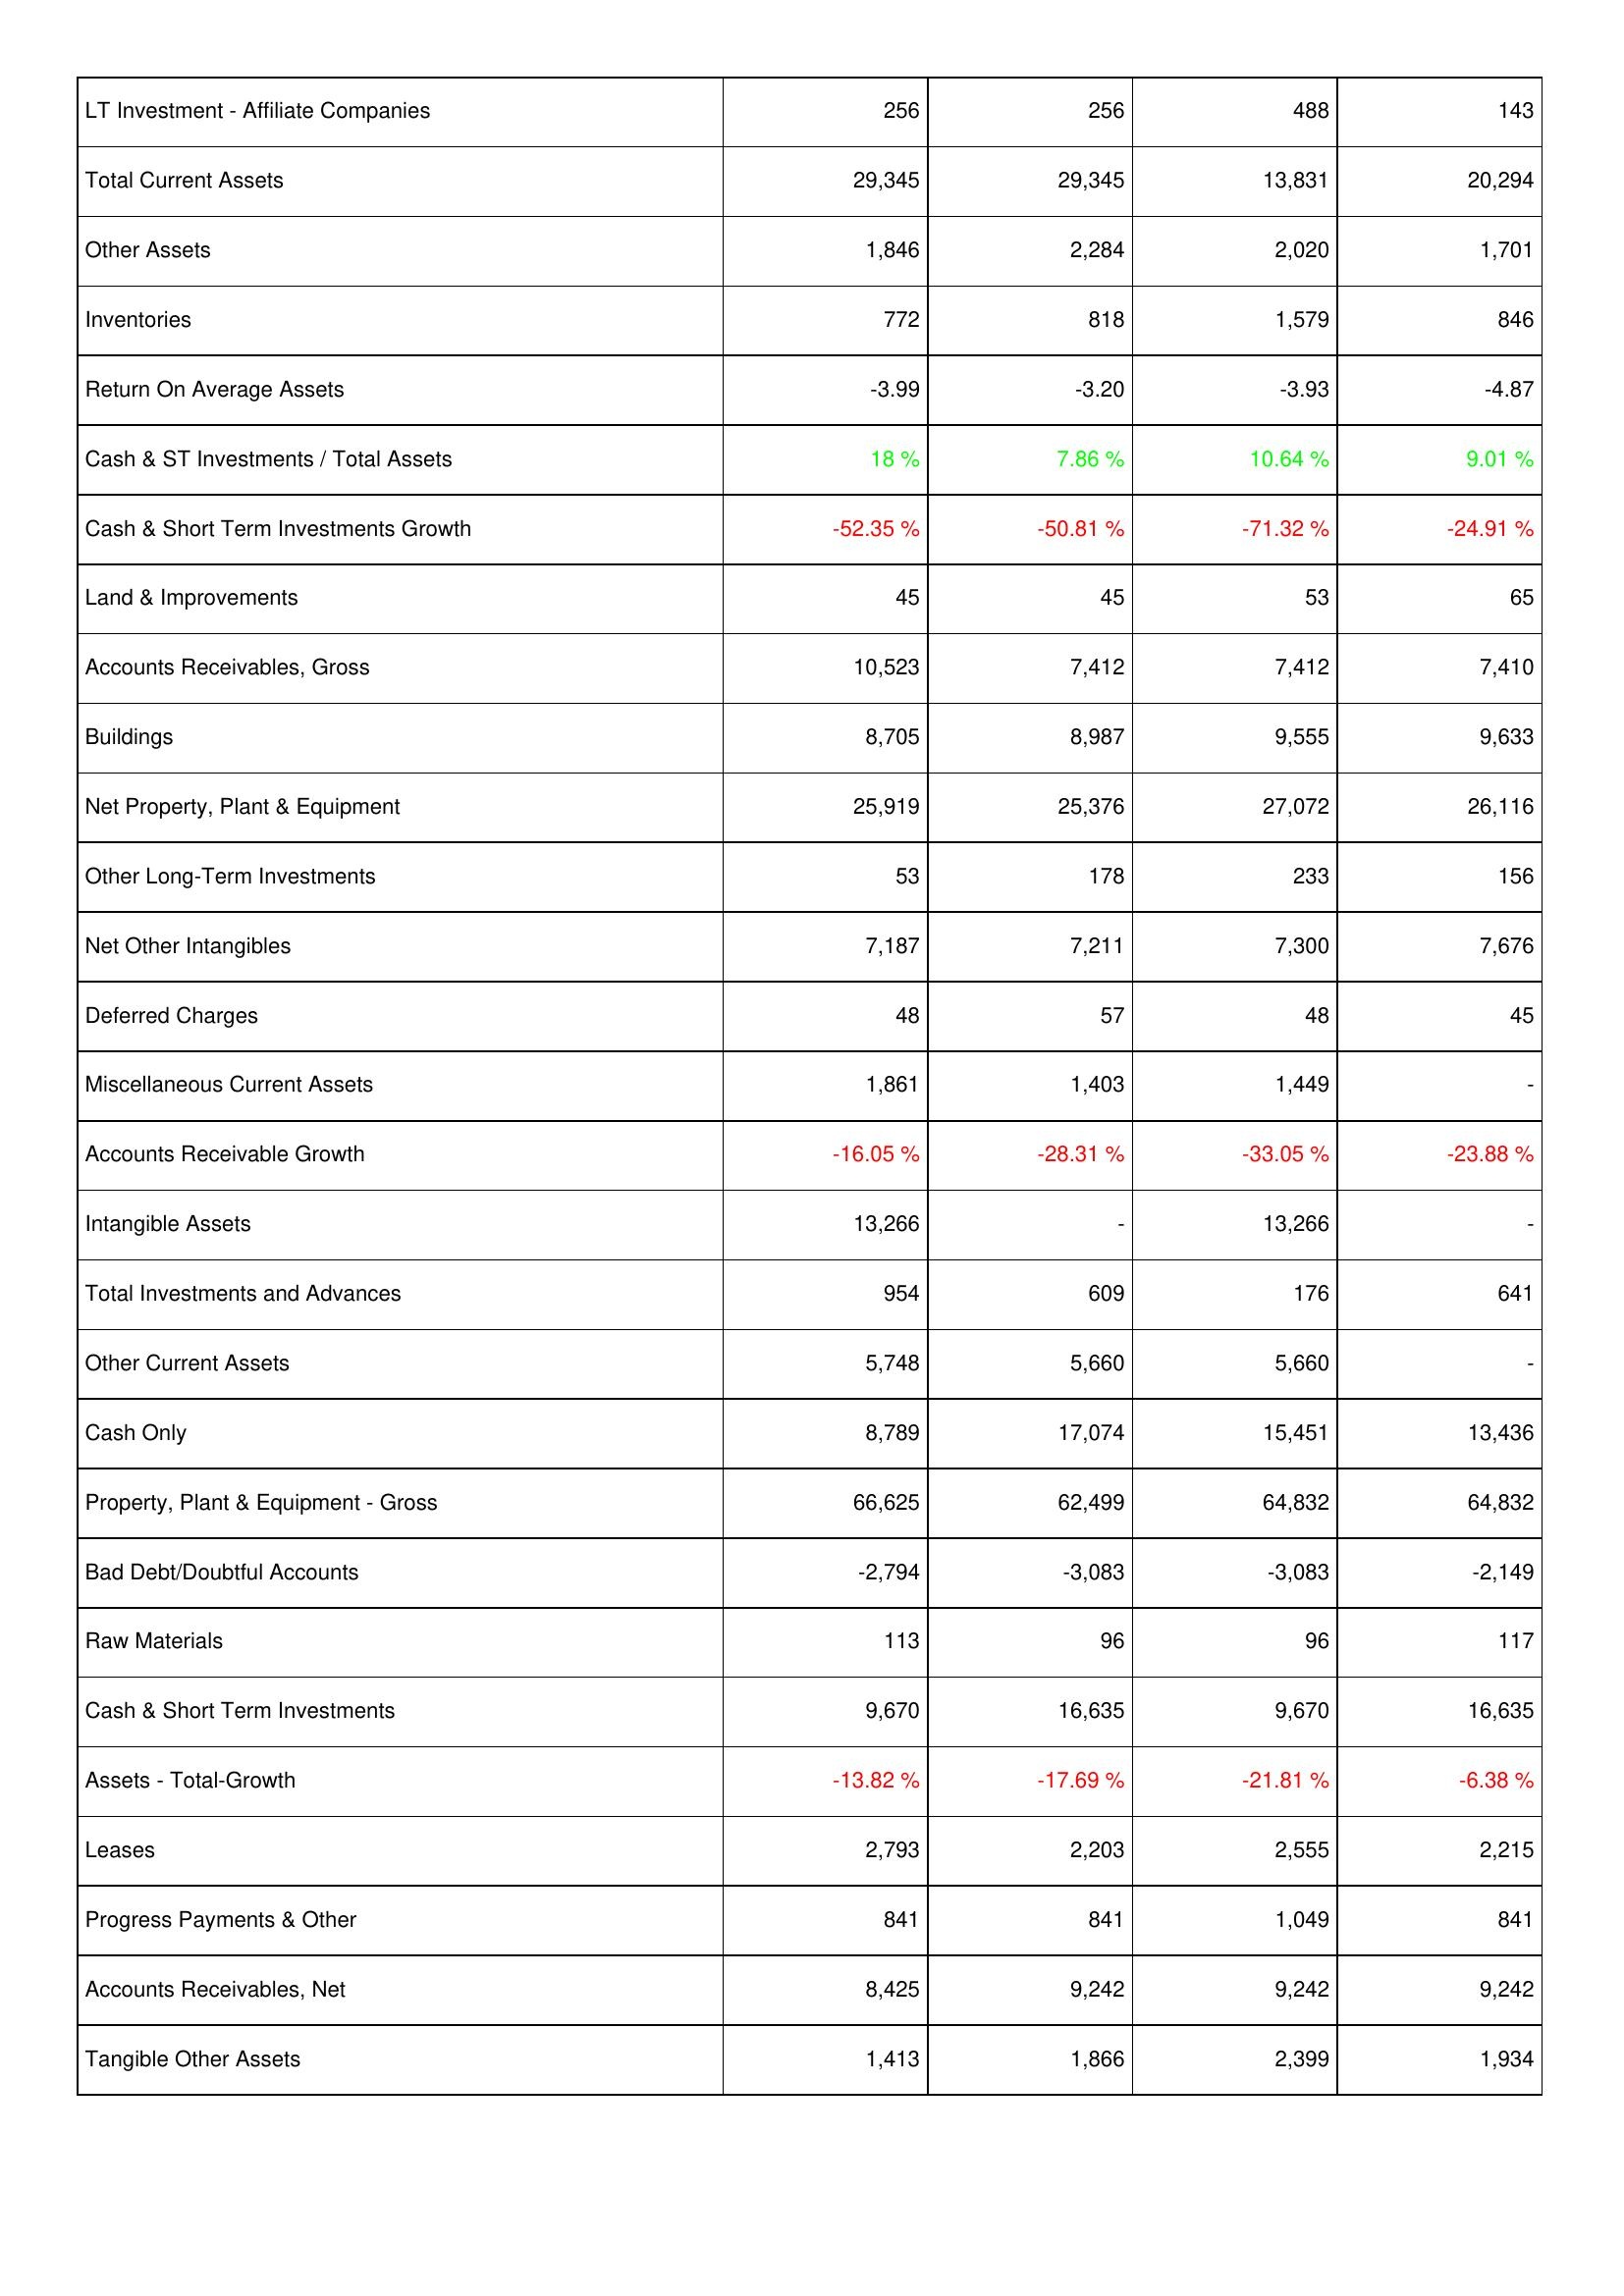
2025: Assets: LT Investment - Affiliate Companies: 256
Total Current Assets: 29,345
Other Assets: 1,846
Inventories: 772
Return On Average Assets: -3.99
Cash & ST Investments / Total Assets: 18 %
Cash & Short Term Investments Growth: -52.35 %
Land & Improvements: 45
Accounts Receivables, Gross: 10,523
Buildings: 8,705
Net Property, Plant & Equipment: 25,919
Other Long-Term Investments: 53
Net Other Intangibles: 7,187
Deferred Charges: 48
Miscellaneous Current Assets: 1,861
Accounts Receivable Growth: -16.05 %
Intangible Assets: 13,266
Total Investments and Advances: 954
Other Current Assets: 5,748
Cash Only: 8,789
Property, Plant & Equipment - Gross: 66,625
Bad Debt/Doubtful Accounts: -2,794
Raw Materials: 113
Cash & Short Term Investments: 9,670
Assets - Total-Growth: -13.82 %
Leases: 2,793
Progress Payments & Other: 841
Accounts Receivables, Net: 8,425
Tangible Other Assets: 1,413
2024: Assets: LT Investment - Affiliate Companies: 256
Total Current Assets: 29,345
Other Assets: 2,284
Inventories: 818
Return On Average Assets: -3.20
Cash & ST Investments / Total Assets: 7.86 %
Cash & Short Term Investments Growth: -50.81 %
Land & Improvements: 45
Accounts Receivables, Gross: 7,412
Buildings: 8,987
Net Property, Plant & Equipment: 25,376
Other Long-Term Investments: 178
Net Other Intangibles: 7,211
Deferred Charges: 57
Miscellaneous Current Assets: 1,403
Accounts Receivable Growth: -28.31 %
Intangible Assets: -
Total Investments and Advances: 609
Other Current Assets: 5,660
Cash Only: 17,074
Property, Plant & Equipment - Gross: 62,499
Bad Debt/Doubtful Accounts: -3,083
Raw Materials: 96
Cash & Short Term Investments: 16,635
Assets - Total-Growth: -17.69 %
Leases: 2,203
Progress Payments & Other: 841
Accounts Receivables, Net: 9,242
Tangible Other Assets: 1,866
2023: Assets: LT Investment - Affiliate Companies: 488
Total Current Assets: 13,831
Other Assets: 2,020
Inventories: 1,579
Return On Average Assets: -3.93
Cash & ST Investments / Total Assets: 10.64 %
Cash & Short Term Investments Growth: -71.32 %
Land & Improvements: 53
Accounts Receivables, Gross: 7,412
Buildings: 9,555
Net Property, Plant & Equipment: 27,072
Other Long-Term Investments: 233
Net Other Intangibles: 7,300
Deferred Charges: 48
Miscellaneous Current Assets: 1,449
Accounts Receivable Growth: -33.05 %
Intangible Assets: 13,266
Total Investments and Advances: 176
Other Current Assets: 5,660
Cash Only: 15,451
Property, Plant & Equipment - Gross: 64,832
Bad Debt/Doubtful Accounts: -3,083
Raw Materials: 96
Cash & Short Term Investments: 9,670
Assets - Total-Growth: -21.81 %
Leases: 2,555
Progress Payments & Other: 1,049
Accounts Receivables, Net: 9,242
Tangible Other Assets: 2,399
2022: Assets: LT Investment - Affiliate Companies: 143
Total Current Assets: 20,294
Other Assets: 1,701
Inventories: 846
Return On Average Assets: -4.87
Cash & ST Investments / Total Assets: 9.01 %
Cash & Short Term Investments Growth: -24.91 %
Land & Improvements: 65
Accounts Receivables, Gross: 7,410
Buildings: 9,633
Net Property, Plant & Equipment: 26,116
Other Long-Term Investments: 156
Net Other Intangibles: 7,676
Deferred Charges: 45
Miscellaneous Current Assets: -
Accounts Receivable Growth: -23.88 %
Intangible Assets: -
Total Investments and Advances: 641
Other Current Assets: -
Cash Only: 13,436
Property, Plant & Equipment - Gross: 64,832
Bad Debt/Doubtful Accounts: -2,149
Raw Materials: 117
Cash & Short Term Investments: 16,635
Assets - Total-Growth: -6.38 %
Leases: 2,215
Progress Payments & Other: 841
Accounts Receivables, Net: 9,242
Tangible Other Assets: 1,934